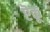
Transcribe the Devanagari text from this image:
ऎकू